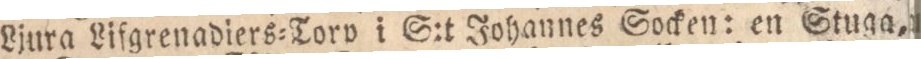
Ljura Lifgrenadiers=Torv i S:t Johannes Socken: en Stuga,